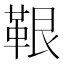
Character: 鞎